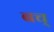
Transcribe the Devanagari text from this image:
बच्